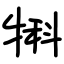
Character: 犐